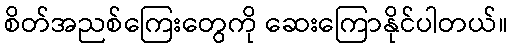
စိတ်အညစ်ကြေးတွေကို ဆေးကြောနိုင်ပါတယ်။